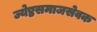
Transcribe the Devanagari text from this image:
ज्येष्ठसमाजसेवक